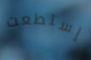
إستطعت